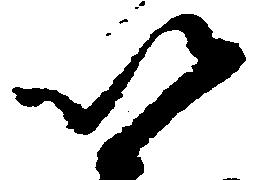
以